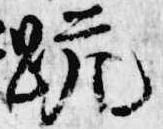
跪